Civil Veterinary Department Bihar & Orissa reports 1922-29 - 1922-1929
Year: 1922
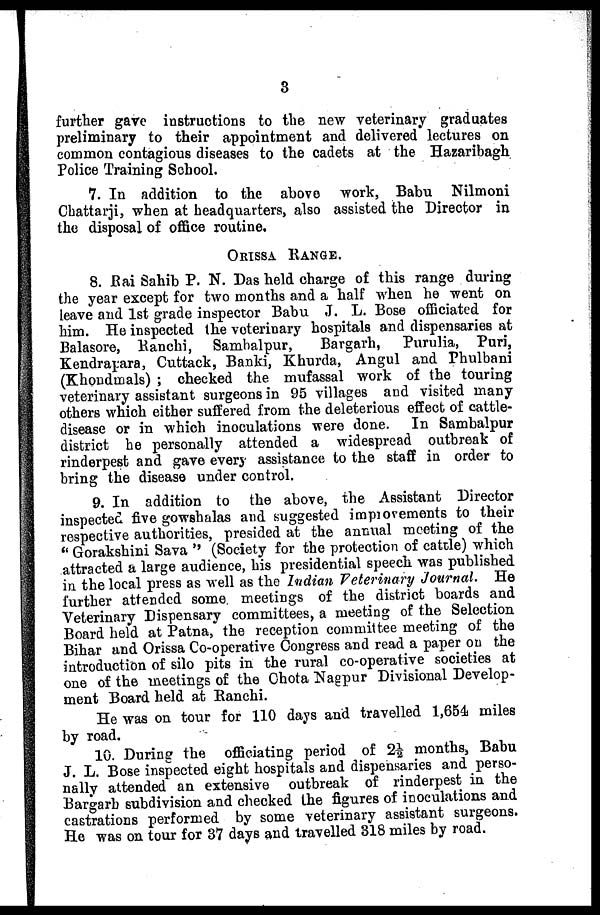
3
further gave instructions to the new veterinary graduates
preliminary to their appointment and delivered lectures on
common contagious diseases to the cadets at the Hazaribagh
Police Training School.
7. In addition to the above work, Babu Nilmoni
Chattarji, when at headquarters, also assisted the Director in
the disposal of office routine,
ORISSA RANGE.
8. Bai Sahib P. N. Das held charge of this range during
the year except for two months and a half when he went on
leave and 1st grade inspector Babu J. L. Bose officiated for
him. He inspected the veterinary hospitals and dispensaries at
Balasore, Ranchi, Samhalpur,
Bargarh,
Purulia, Puri,
Kendrapara, Cuttack, Banki, Khurda, Angul and Phulbani
(Khondmals) ; checked the mufassal work of the touring
veterinary assistant surgeons in 95 villages and visited many
others which either suffered from the deleterious effect of cattle-
disease or in which inoculations were done. In Sambalpur
district he personally attended a widespread outbreak of
rinderpest and gave every assistance to the staff in order to
bring the disease under control.
9. In addition to the above, the Assistant Director
inspected five gowshalas and suggested improvements to their
respective authorities, presided at the annual meeting of the
" Gorakshini Sava '' (Society for the protection of cattle) which
attracted a large audience, his presidential speech was published
in the local press as well as the Indian Veterinary Journal. He
further attended some meetings of the district boards and
Veterinary Dispensary committees, a meeting of the Selection
Board held at Patna, the reception committee meeting of the
Bihar and Orissa Co-operative Congress and read a paper on the
introduction of silo pits in the rural co-operative societies at
one of the meetings of the Chota Nagpur Divisional Develop-
ment Board held at Ranchi.
He was on tour for 110 days and travelled 1,654 miles
by road.
10. During the officiating period of 2 1 / 2 months, Babu
J. L. Bose inspected eight hospitals and dispensaries and perso-
nally attended an extensive outbreak of rinderpest in the
Bargarh subdivision and checked the figures of inoculations and
castrations performed by some veterinary assistant surgeons.
He was on tour for 37 days and travelled 318 miles by road.